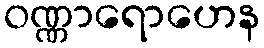
ဝဏ္ဏာရောဟေန